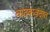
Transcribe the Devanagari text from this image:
वादकवृंदात